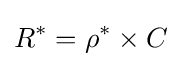
R^{*}=\rho ^{*}\times C